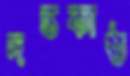
দন্তকাষ্ঠ